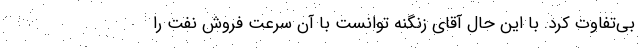
بي‌تفاوت كرد. با اين حال آقاي زنگنه توانست با آن سرعت فروش نفت را